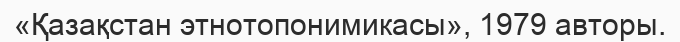
«Қазақстан этнотопонимикасы», 1979 авторы.